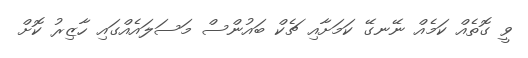
ވީ ގޮތެއް ކަމެއް ނޭނގޭ ކަމަށާއި ޗެކް ބައުންސް މަސަލައެއްގައި ހާޒިރު ކޮށް